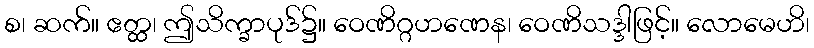
စ၊ ဆက်။ ဧတ္ထ၊ ဤသိက္ခာပုဒ်၌။ ဝေဏိဂ္ဂဟဏေန၊ ဝေဏိသဒ္ဒါဖြင့်။ လောမေဟိ၊